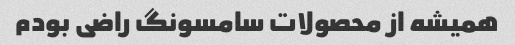
همیشه از محصولات سامسونگ راضی بودم